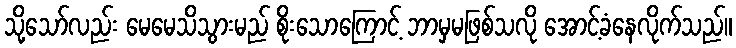
သို့သော်လည်း မေမေသိသွားမည် စိုးသောကြောင့် ဘာမှမဖြစ်သလို အောင့်ခံနေလိုက်သည်။